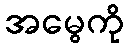
အမွေကို